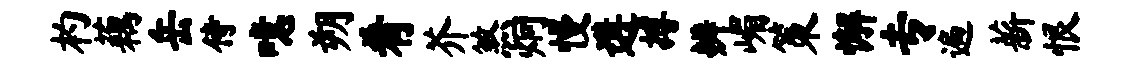
杓藕岳侍噫朔肴芥煞炯慢遘搏辨嵋策懈专遍薪恨